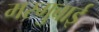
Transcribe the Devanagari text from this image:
मरगुबाई